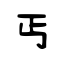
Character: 丐